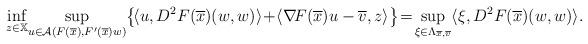
LaTeX: \begin{align*} \inf_{z\in\mathbb{X}} \!\sup_{u\in\mathcal{A}(F(\overline{x}),F'(\overline{x})w)}\!\big\{\!\langle u,D^2F(\overline{x})(w,w)\rangle\!+\!\langle\nabla\!F(\overline{x})u-\overline{v},z\rangle\big\} \!=\!\sup_{\xi\in\Lambda_{\overline{x},\overline{v}}}\langle\xi, D^2F(\overline{x})(w,w)\rangle. \end{align*}